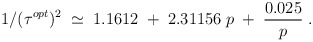
\begin{align*}1/(\tau^{opt})^2\;\simeq\;1.1612\;+\; 2.31156\;p\;+\;{0.025\over p}\;.\end{align*}